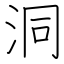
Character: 洞